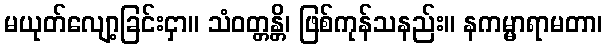
မယုတ်လျော့ခြင်းငှာ။ သံဝတ္တန္တိ၊ ဖြစ်ကုန်သနည်း။ နကမ္မာရာမတာ၊